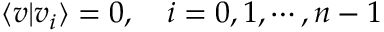
\langle v | v _ { i } \rangle = 0 , \quad i = 0 , 1 , \cdots , n - 1